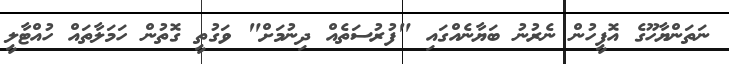
ނަތަންޔާހޫގެ އޮފީހުން ނެރުނު ބަޔާނެއްގައި "ފުރުސަތެއް ދިނުމަށް" ވަގުތީ ގޮތުން ހަމަލާތައް ހުއްޓާލީ